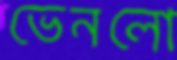
ভেনলো